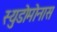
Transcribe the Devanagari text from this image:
स्युडोमोनास